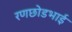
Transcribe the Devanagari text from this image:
रणछोडभाई